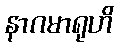
နာဂမာရုဟိ